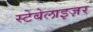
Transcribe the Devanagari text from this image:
स्टेबेलाइज़र